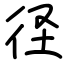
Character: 径